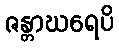
ဇန္တာဃရေပိ